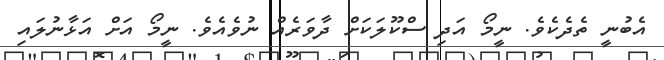
އެބުނީ ތެދެކެވެ. ނީމޯ އަދި ސްކޫލަކަށް ދާވަރެއް ނުވެއެވެ. ނީމޯ އަށް އަޅާނުލައި